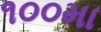
૧૦૦મા